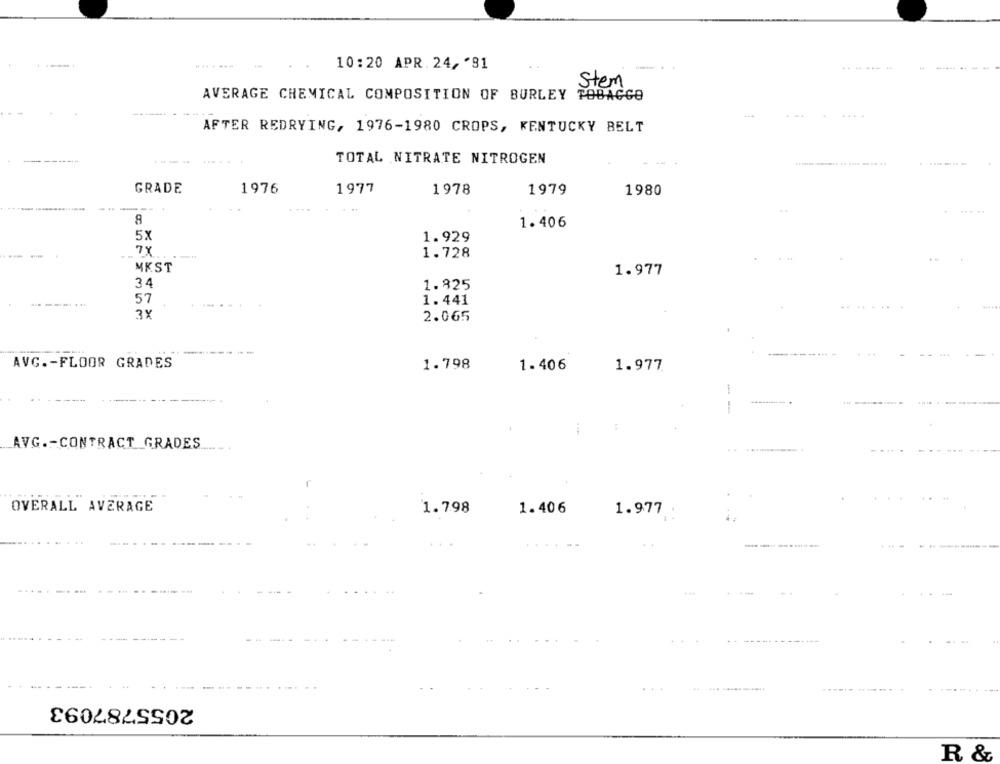
..
10:20 APR.24, '81
....... .
H
Stem
AVERAGE CHEMICAL COMPOSITION OF BURLEY TOBAGGO
AFTER REDRYING, 1976-1980 CROPS, KENTUCKY BELT
.---
TOTAL NITRATE NITROGEN
GRADE
1976
1977
1978
1979
1980
...
9
1.406
5x
1.929
78
1.728
MKST
1.977
34
1.825
57
1.441
3X
2.065
---
AVG .- FLOOR GRADES
1.798
1.406
1.977
1
AVG .- CONTRACT GRADES
...
OVERALL AVERAGE
1.798
1.406
1.977
2055787093
R &